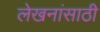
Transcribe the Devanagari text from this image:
लेखनांसाठी